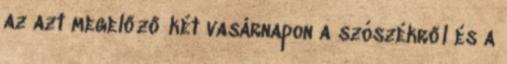
az azt megelőző két vasárnapon a szószékről és a